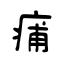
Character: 痡